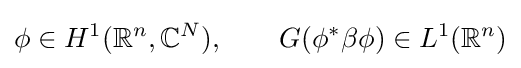
\phi \in H^{1}(\mathbb {R} ^{n},\mathbb {C} ^{N}),\qquad G(\phi ^{\ast }\beta \phi )\in L^{1}(\mathbb {R} ^{n})